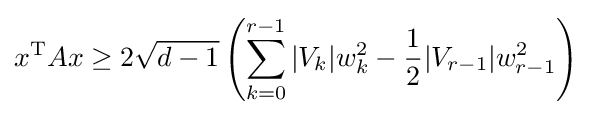
x^{\text{T}}Ax\geq 2{\sqrt {d-1}}\left(\sum _{k=0}^{r-1}|V_{k}|w_{k}^{2}-{\frac {1}{2}}|V_{r-1}|w_{r-1}^{2}\right)